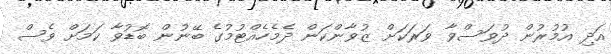
އަދި އުމުރުން ދުވަސްވާ ވަރަކަށް ޒުވާންކަން ދެމެހެއްޓުމުގެ ބޭނުން ބޮޑުވާ ކަމަށް ވެސް